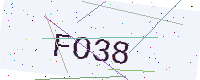
Text: FO38